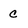
Character: c